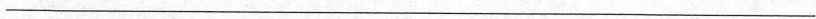
___